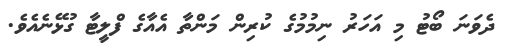
ދެވަނަ ބޯޓު މި އަހަރު ނިމުމުގެ ކުރިން މަންތާ އެއާގެ ފްލީޓާ ގުޅޭނެއެވެ.